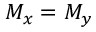
M _ { x } = M _ { y }